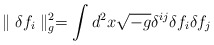
\begin{align*}\parallel\delta f_i\parallel^2_g = \int d^2x \sqrt{-g} \delta^{ij}\delta f_i \delta f_j\end{align*}